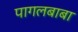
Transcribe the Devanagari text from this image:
पागलबाबा